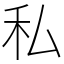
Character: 私